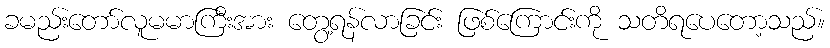
ခမည်းတော်လူမမာကြီးအား တွေ့ရန်လာခြင်း ဖြစ်ကြောင်းကို သတိရပေတော့သည်။